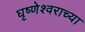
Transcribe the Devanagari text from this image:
घृष्णेश्वराच्या